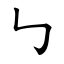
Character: ㇉